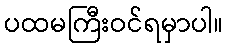
ပထမကြီးဝင်ရမှာပါ။